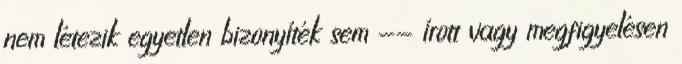
nem létezik egyetlen bizonyíték sem -- írott vagy megfigyelésen